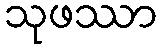
သုဖဿာ